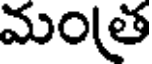
మంత